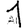
Digit: 1